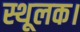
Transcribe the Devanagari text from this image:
स्थूलक।